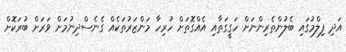
އަދި ފިލްމުގައި ބެލުންތެރިންނަށް ހަގީގަަތާއި އެއްގޮތަށް ހުރިހާ މަންޒަރުތަކެއް ގެނެސްދިނުމަށް ވަރަށް ބުރަކޮށް